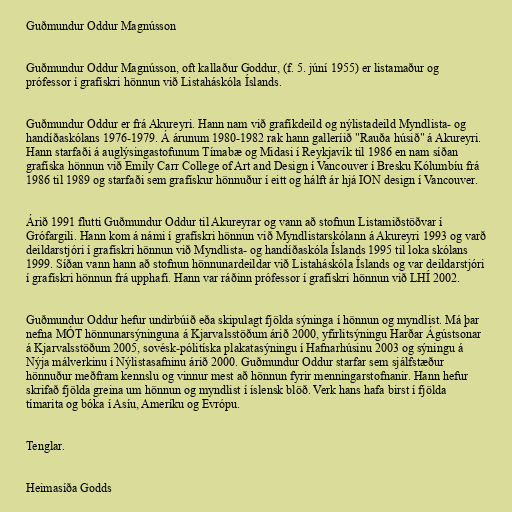
Guðmundur Oddur Magnússon

Guðmundur Oddur Magnússon, oft kallaður Goddur, (f. 5. júní 1955) er listamaður og
prófessor í grafískri hönnun við Listaháskóla Íslands.

Guðmundur Oddur er frá Akureyri. Hann nam við grafíkdeild og nýlistadeild Myndlista- og
handíðaskólans 1976-1979. Á árunum 1980-1982 rak hann galleríið "Rauða húsið" á Akureyri.
Hann starfaði á auglýsingastofunum Tímabæ og Midasi í Reykjavík til 1986 en nam síðan
grafíska hönnun við Emily Carr College of Art and Design í Vancouver í Bresku Kólumbíu frá
1986 til 1989 og starfaði sem grafískur hönnuður í eitt og hálft ár hjá ION design í Vancouver.

Árið 1991 flutti Guðmundur Oddur til Akureyrar og vann að stofnun Listamiðstöðvar í
Grófargili. Hann kom á námi í grafískri hönnun við Myndlistarskólann á Akureyri 1993 og varð
deildarstjóri í grafískri hönnun við Myndlista- og handíðaskóla Íslands 1995 til loka skólans
1999. Síðan vann hann að stofnun hönnunardeildar við Listaháskóla Íslands og var deildarstjóri
í grafískri hönnun frá upphafi. Hann var ráðinn prófessor í grafískri hönnun við LHÍ 2002.

Guðmundur Oddur hefur undirbúið eða skipulagt fjölda sýninga í hönnun og myndlist. Má þar
nefna MÓT hönnunarsýninguna á Kjarvalsstöðum árið 2000, yfirlitsýningu Harðar Ágústsonar
á Kjarvalsstöðum 2005, sovésk-pólitíska plakatasýningu í Hafnarhúsinu 2003 og sýningu á
Nýja málverkinu í Nýlistasafninu árið 2000. Guðmundur Oddur starfar sem sjálfstæður
hönnuður meðfram kennslu og vinnur mest að hönnun fyrir menningarstofnanir. Hann hefur
skrifað fjölda greina um hönnun og myndlist í íslensk blöð. Verk hans hafa birst í fjölda
tímarita og bóka í Asíu, Ameríku og Evrópu.

Tenglar.

Heimasíða Godds